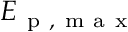
E _ { \mathrm { ~ p ~ , ~ m ~ a ~ x ~ } }